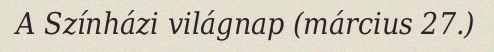
A Színházi világnap (március 27.)